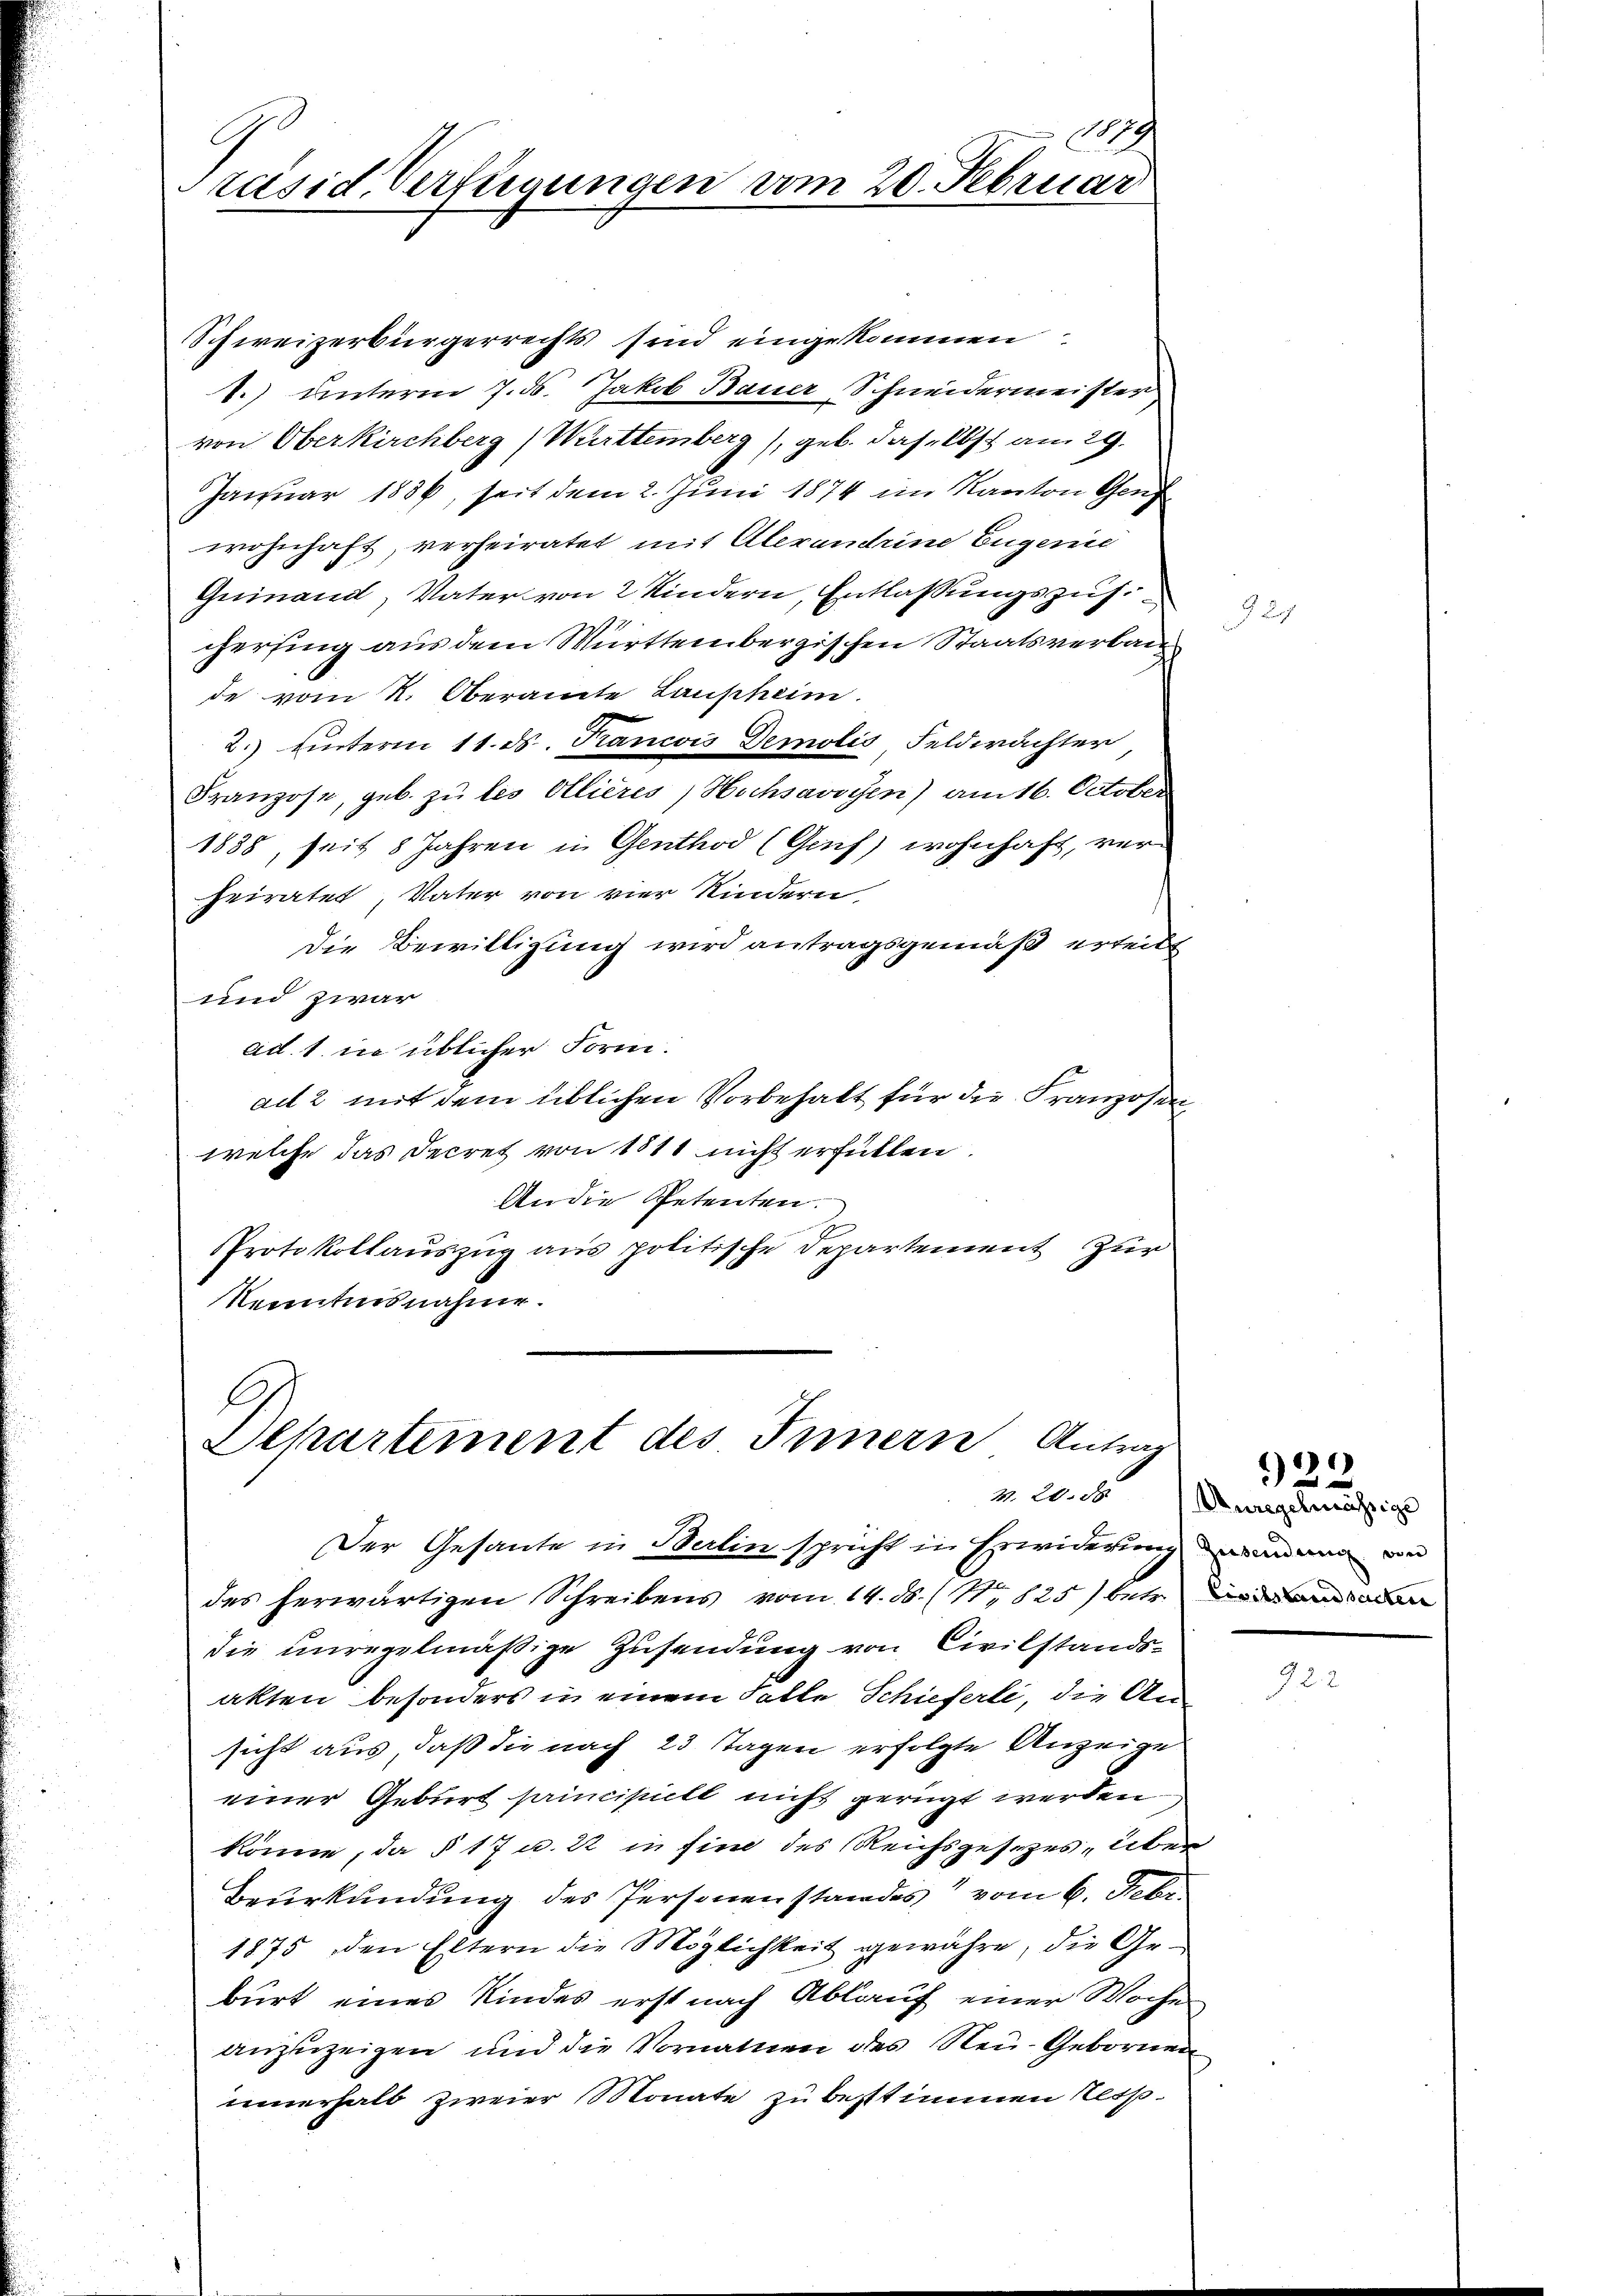
A
Präsid. Verfügungen vom 20. Februar

Schweizerbürgerrechts sind eingekommen
1.) unterm 7. ds. Jakob Bauer Schneidermeister
von Oberkirchberg (Württemberg), geb. daselbst am 29.
Januar 1886, seit dem 2. Juni 1874 im Kanton Gen
wohnhaft, verheiratet mit Alerantrine Eugenie
Geinand, Vater von 2 Kindern, Entlassungszus
cersing aus dem Württembergischen Staatsverban
de vom 2. Oberamte Laupheim.
2.) Unterm 11. ds. Krancois Demolis Feldwächter,
Franzose, geb. zu les Ollières, Hochsavoyen) am 16. October
1838, seit 8 Jahren in Genthod (Guch) wohnhaft, verheiratet, Vater von vier Kindern,
Die Bewilligung wird antragsgemäß erteilt
und zwar
ad. 1. in üblicher Form.
ad 2 mit dem üblichen Vorbehalt für die Franzosen
welche das Decret von 1811 nicht erfüllen.
An die Petenten.
PProtokollauszug aus politische Departement Zür
Kenntnisnahme.

l
Departement des Innern Antrag

Der Gesante in Berlin spricht in Erwiderung einen an
des herwärtigen Schreibens vom 14. ds. (No 825) betr. dann a
die unregelmäßige Zusendung von Civilstandsakten besonders in einem Satte Schieferli, die Ansicht aus, daß die nach 23 Tagen erfolgte Anzeige
einer Geburt principielt nicht gerügt werden.
könne, da § 17 u. 22 in sind des Reichsgesezes über
Beurkundung des Personenstandes vom 6. Febr.
1875 den Eltern die Möglichkeit gewähre, die Geburt eines Kindes erst nach Ablauf einer Woche
anzuzeigen und die Vornatten des Neu-Gebornen
innerhalb zweier Monate zu bestimmen resp.

a. W. A. Duregelmässige

922